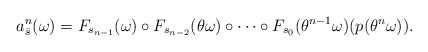
\begin{align*}a_{\bar s}^n(\omega) =F_{s _{n-1}} (\omega)\circ F_{s _{n-2}}(\theta \omega) \circ \cdots \circ F_{s_0}(\theta ^{n-1}\omega)(p(\theta ^n\omega)).\end{align*}